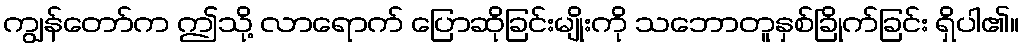
ကျွန်တော်က ဤသို့ လာရောက် ပြောဆိုခြင်းမျိုးကို သဘောတူနှစ်ခြိုက်ခြင်း ရှိပါ၏။